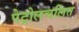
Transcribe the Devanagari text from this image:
पेट्रोलचलित